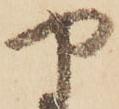
や